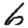
Digit: 6